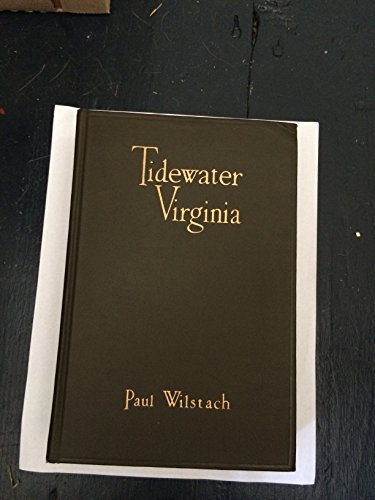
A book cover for Tidewater Virginia,; Paul Wilstach; Travel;